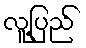
လူ့ပြည်